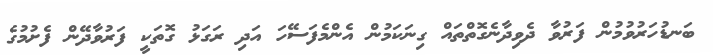
ބަނޑުހަރުވުމުން ފަރުވާ ދެވިދާނެގޮތްތައް ގިނަކަމުން އެންމެފަސޭހަ އަދި ރަގަޅު ގޮތަކީ ފަރުވާދޭން ފެށުމުގެ